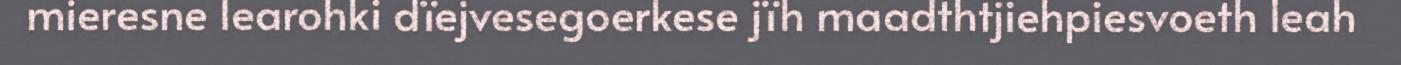
mieresne learohki dïejvesegoerkese jïh maadthtjiehpiesvoeth leah